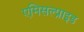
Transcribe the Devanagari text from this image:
एमिसल्प्राइड